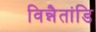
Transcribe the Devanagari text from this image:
विन्नैतांडि